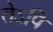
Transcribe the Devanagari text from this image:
तेऽपि